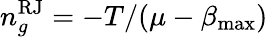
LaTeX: n_{g}^{\mathrm{RJ}}=-T/(\mu-\beta_{\mathrm{max}})